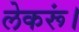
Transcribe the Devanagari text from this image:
लेकरूं।